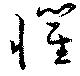
懼